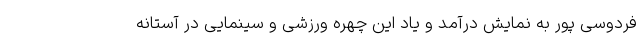
فردوسی پور به نمایش درآمد و یاد این چهره ورزشی و سینمایی در آستانه